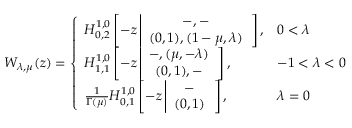
W _ { \lambda , \mu } ( z ) = \left\{ \begin{array} { l l } { H _ { 0 , 2 } ^ { 1 , 0 } \left[ - z \left| \begin{array} { c } { - , - } \\ { ( 0 , 1 ) , ( 1 - \mu , \lambda ) } \end{array} \right. \right] , } & { 0 < \lambda } \\ { H _ { 1 , 1 } ^ { 1 , 0 } \left[ - z \left| \begin{array} { c } { - , ( \mu , - \lambda ) } \\ { ( 0 , 1 ) , - } \end{array} \right. \right] , } & { - 1 < \lambda < 0 } \\ { \frac { 1 } { \Gamma ( \mu ) } H _ { 0 , 1 } ^ { 1 , 0 } \left[ - z \left| \begin{array} { c } { - } \\ { ( 0 , 1 ) } \end{array} \right. \right] , } & { \lambda = 0 } \end{array} \right.